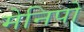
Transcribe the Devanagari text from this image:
मेनिपो